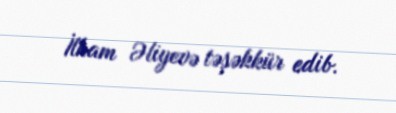
İlham Əliyevə təşəkkür edib.